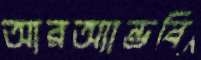
আরঅ্যান্ডবি